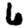
Digit: 6